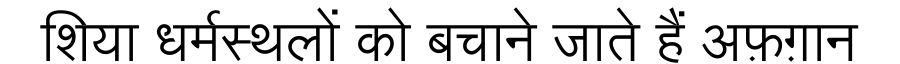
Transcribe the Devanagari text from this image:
शिया धर्मस्थलों को बचाने जाते हैं अफ़ग़ान